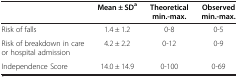
<table><thead><tr><td><b> </b></td><td><b>Mean ± SD<sup>a</sup></b></td><td><b>Theoretical min.-max.</b></td><td><b>Observed min.-max.</b></td></tr></thead><tbody><tr><td>Risk of falls</td><td>1.4 ± 1.2</td><td>0-8</td><td>0-5</td></tr><tr><td>Risk of breakdown in care or hospital admission</td><td>4.2 ± 2.2</td><td>0-12</td><td>0-9</td></tr><tr><td>Independence Score</td><td>14.0 ± 14.9</td><td>0-100</td><td>0-69</td></tr></tbody></table>